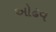
ઓઢવ